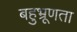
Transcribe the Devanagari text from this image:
बहुभ्रूणता